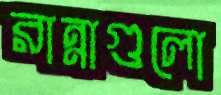
রান্নাগুলো